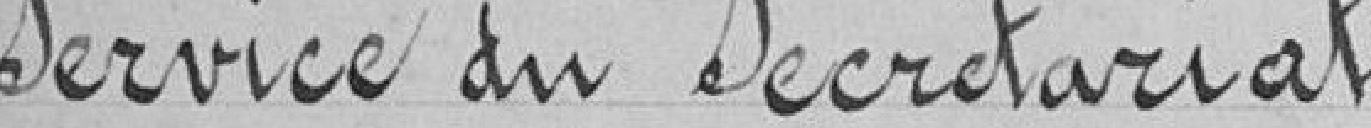
Service du Secrétariat